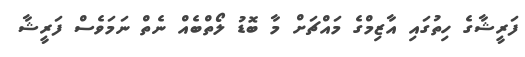
ފަރީޝާގެ ހިތުގައި އާޒިމްގެ މައްޗަށް މާ ބޮޑު ލޯތްބެއް ނެތް ނަމަވެސް ފަރީޝާ